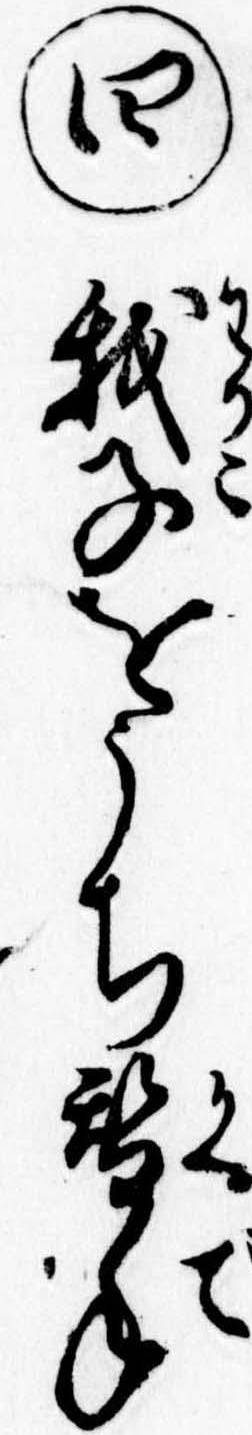
㊃我子をうち替手